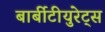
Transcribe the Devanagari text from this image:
बार्बीटीयुरेट्स